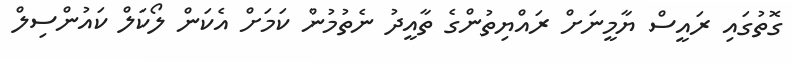
ގޮތުގައި ރައީސް ޔާމީނަށް ރައްޔިތުންގެ ތާއީދު ނެތުމުން ކަމަށް އެކަން ލޯކަލް ކައުންސިލް